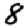
Digit: 8